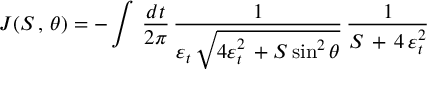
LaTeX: J ( { \cal S } \, , \, \theta ) = - \int \, { \frac { d t } { 2 \pi } } \, { \frac { 1 } { \varepsilon _ { t } \, \sqrt { 4 \varepsilon _ { t } ^ { 2 } \, + { \cal S } \sin ^ { 2 } \theta } } } \, { \frac { 1 } { { \cal S } \, + \, 4 \, \varepsilon _ { t } ^ { 2 } } }